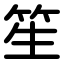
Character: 笙